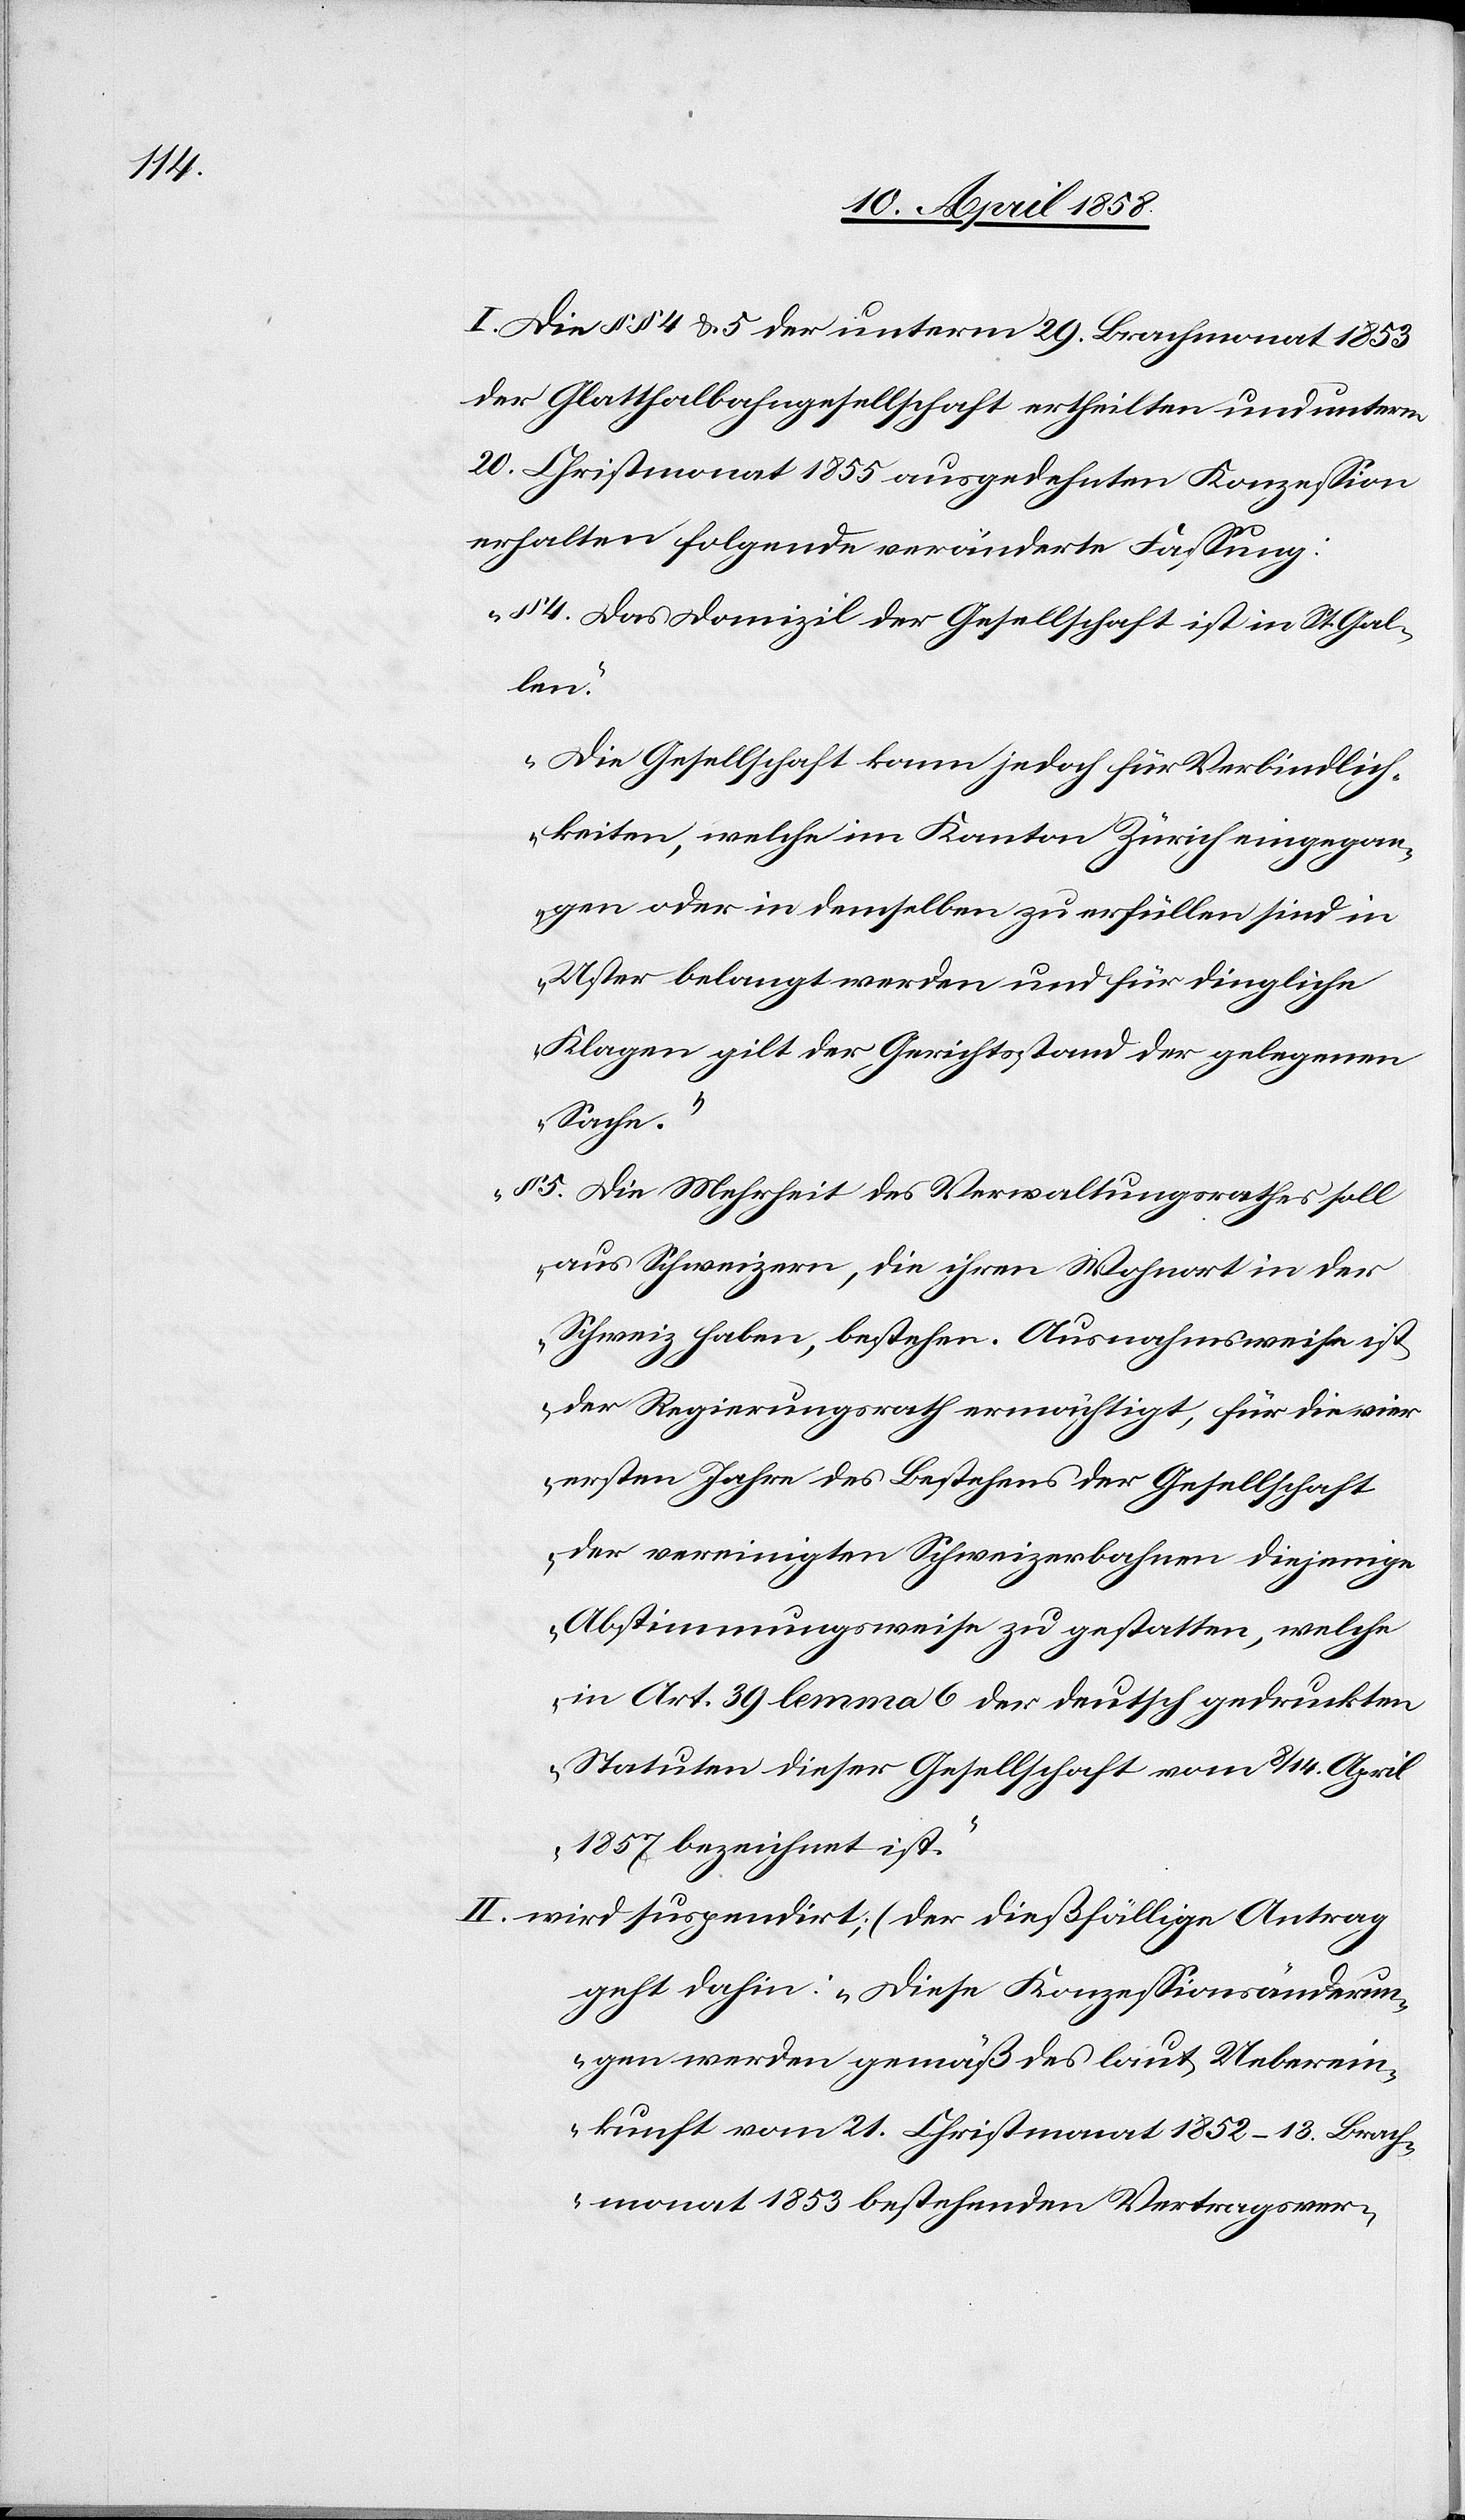
I. Die §§ 4 & 5 der unterm 29. Brachmonat 1853
der Glatthalbahngesellschaft ertheilten und unterm
20. Christmonat 1855 ausgedehnten Konzession
erhalten folgende veränderte Fassung:
„§ 4. Das Domizil der Gesellschaft ist in St. Gal¬
len.
Die Gesellschaft kann jedoch für Verbindlich¬
keiten, welche im Kanton Zürich eingegan¬
gen oder in demselben zu erfüllen sind in
Uster belangt werden und für dringliche
Klagen gilt der Gerichtsstand der gelegenen
Sache.“
„§ 5. Die Mehrheit des Verwaltungsrathes soll
aus Schweizern, die ihren Wohnort in der
Schweiz haben, bestehen. Ausnahmsweise ist
der Regierungsrath ermächtigt, für die vier
ersten Jahre des Bestehens der Gesellschaft
der vereinigten Schweizerbahnen diejenige
Abstimmungsweise zu gestatten, welche
in Art. 39 lemma 6 der deutsch gedruckten
Statuten dieser Gesellschaft vom 8/14. April
1857 bezeichnet ist.“
II. wird suspendirt; (der dießfällige Antrag
geht dahin: „Diese Konzessionsänderun¬
gen werden gemäß des laut Ueberein¬
kunft vom 21. Christmonat 1852–13. Brach¬
monat 1853 bestehenden Vertragsver-